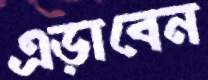
এড়াবেন